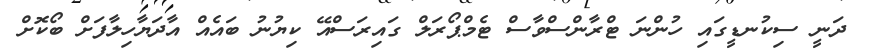
ދަނީ ސިކުނޑީގައި ހުންނަ ޓްރާންސްވާސް ޓެމްޕޯރަލް ގައިރަސްއޭ ކިޔުނު ބައެއް އާދަޔާހިލާފަށް ބޯކޮށް